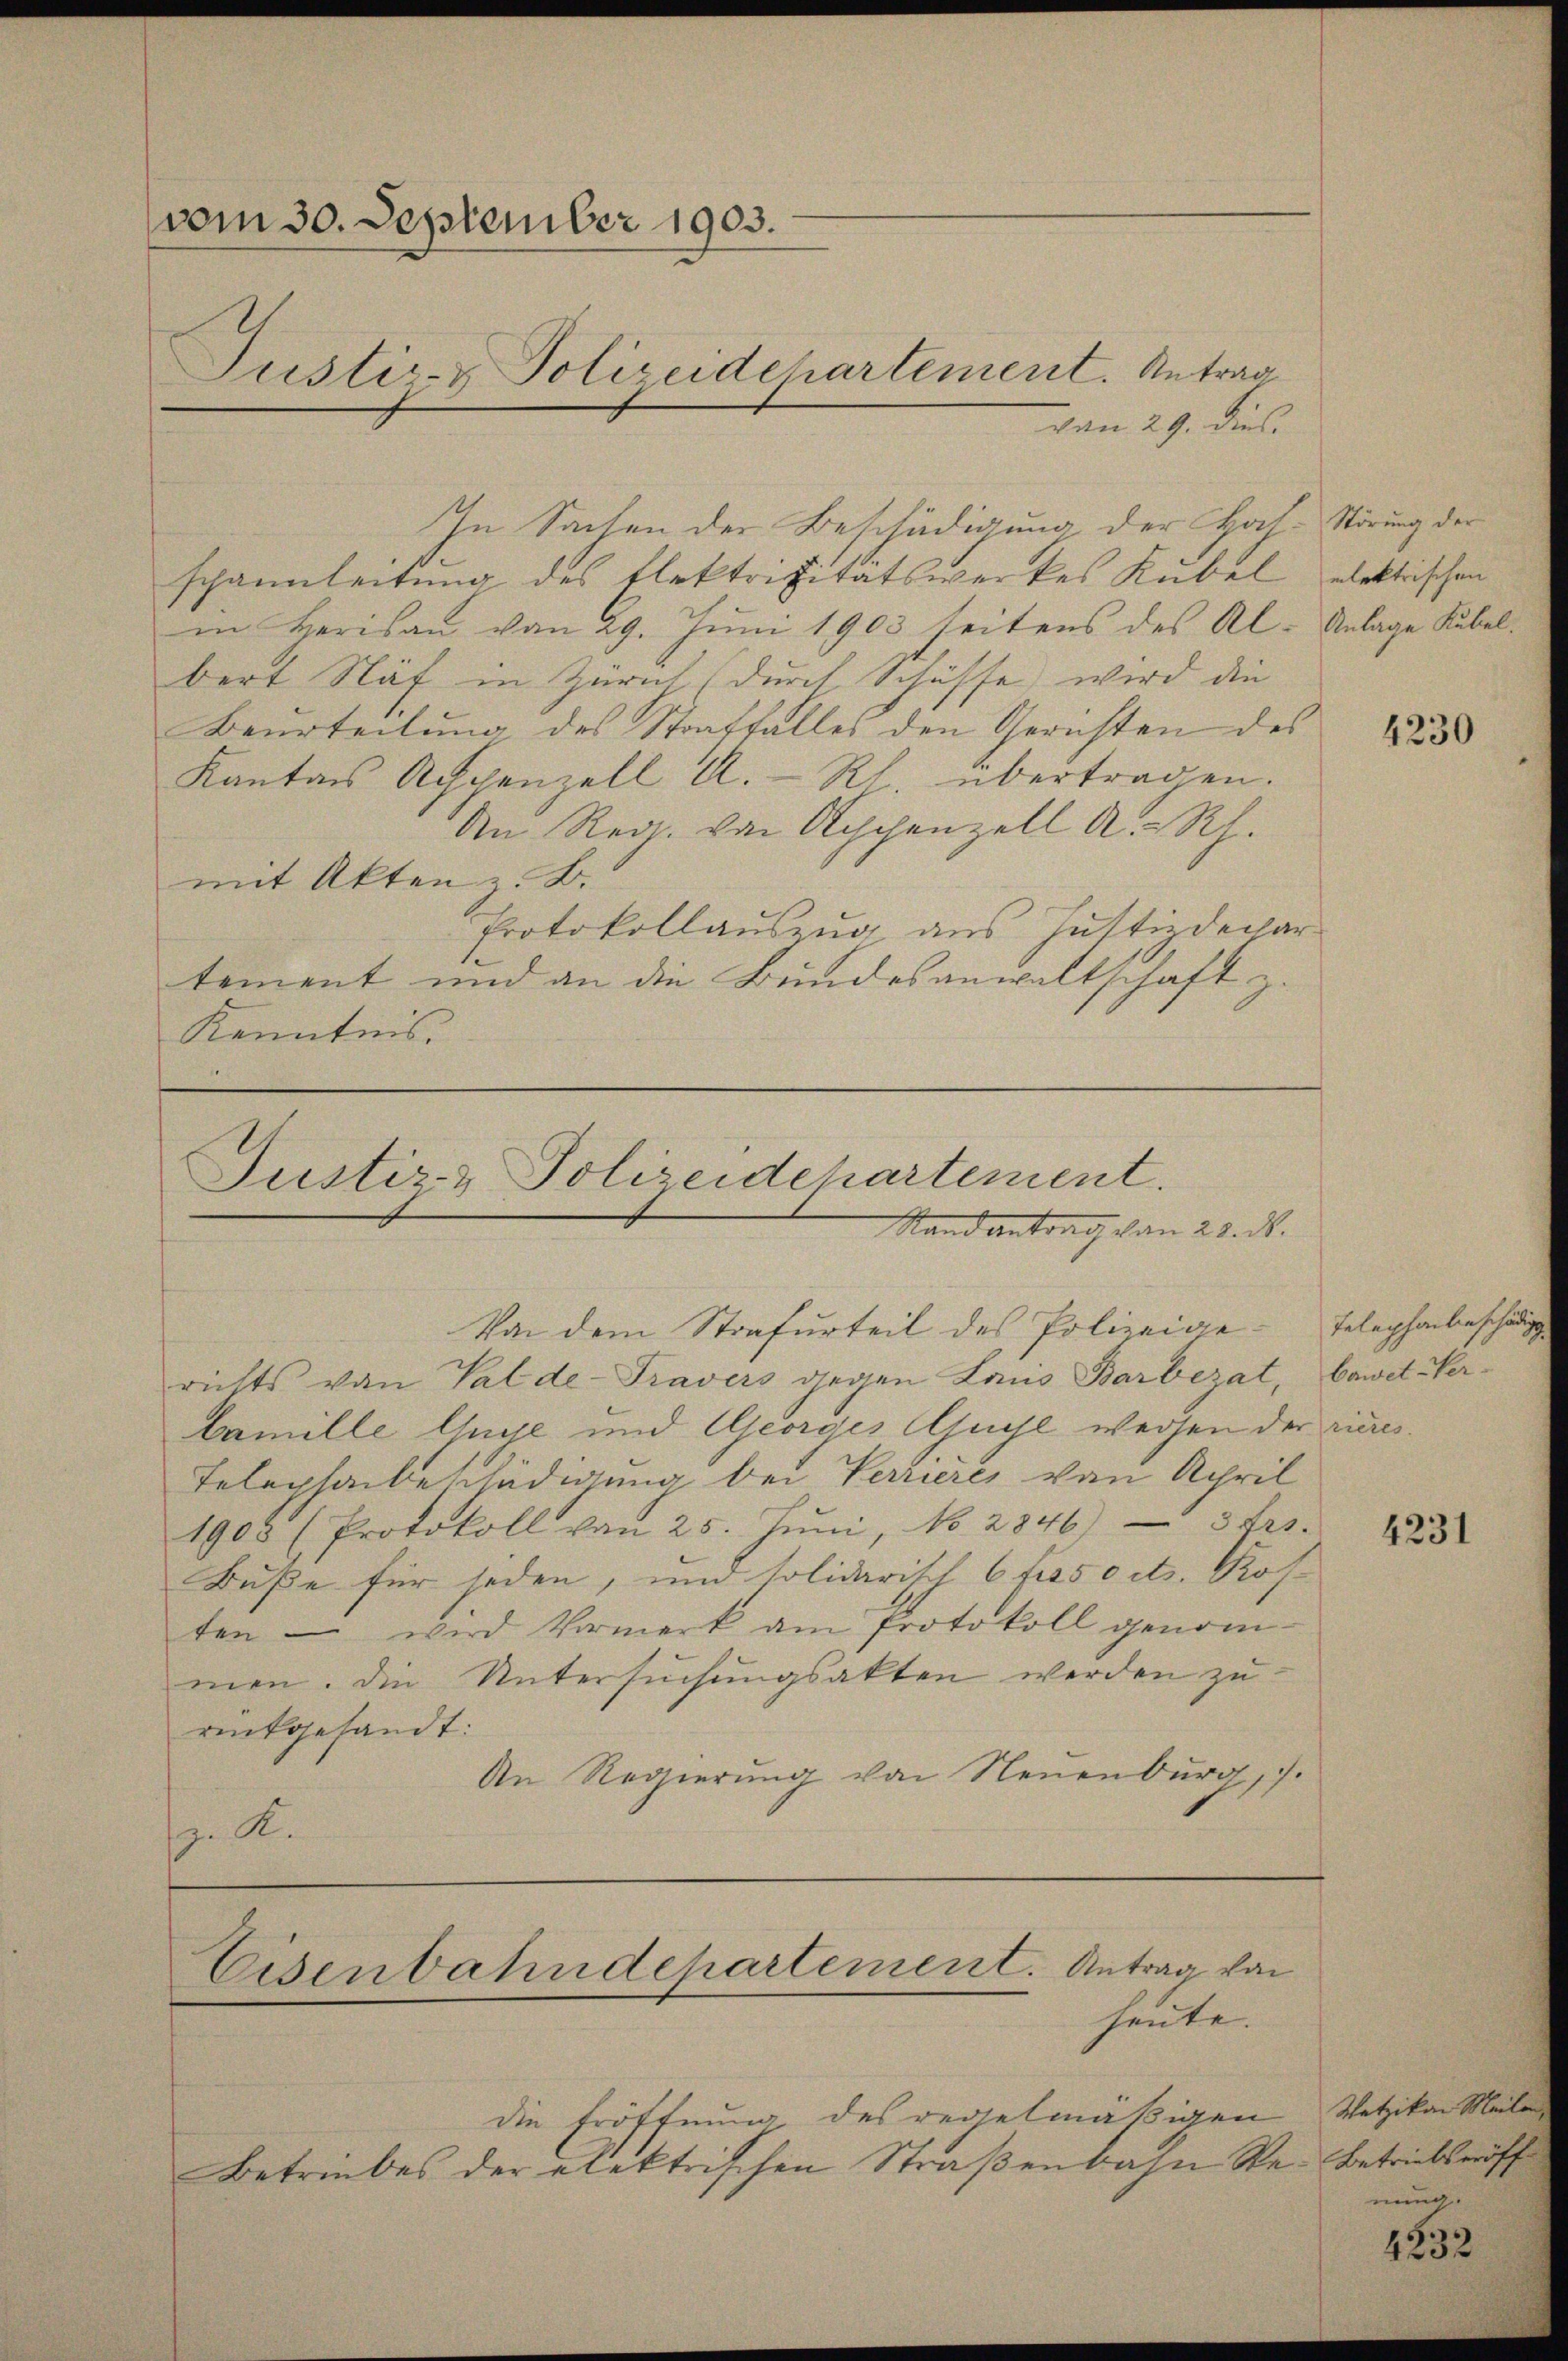
vom 30. September 1903.
Justiz- & Polizeidehartement. Antrag

von 29. Dies
schannleitung des Elektrizitätswerkes Kubel elektischen
in Herisau von 29. Juni 1903 seitens des Al- Anlage Kübelbert Näf in Zürich (durch Schüsse wird die
Beurteilung des Straffalles den Gerichten des
Kantons Achpenzell A.- Rh. übertragen.
An Reg. von Appenzell A.-Rh.
mit Akten z. B.
Protokollauszug aus Justizdepar-
tement und an die Bundesanwaltschaft z.
Kenntnis.

In Sachen der Beschädigung der Hat-Störung der

Justiz & Polizeidehartement.
Stand antrag von 28. d.
Von dem Strafurteil des Polizeige¬

die Eröffnung des regelmäßigen Wetzikon Meile
Betriebes der elektrischen Straßenbahn Re-Betriebseröff

Eisenbahndepartement. Antrag von
heute.

richts von Val de-Travers gegen Laus Barbezat, bawet Ver¬
Famille Auge und Georges Guhl wegen der rieres.
Telephonbeschädigung bei Verrieres von April
1908 (Protokoll von 25. Jŭni, No 2846) 3 frs.
Buße für jeden, und solidarisch 6 frsoetr. Ros
ten – wird Vormerk am Protokoll genommen. Die Untersuchungsakten werden zu
renkgesandt:
An Regierung von Neuenburg, 7.
. K.

4230

Telephonbeschädig

4231

4232